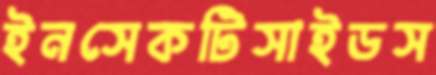
ইনসেকটিসাইডস